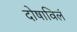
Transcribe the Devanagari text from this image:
दोषाविलं